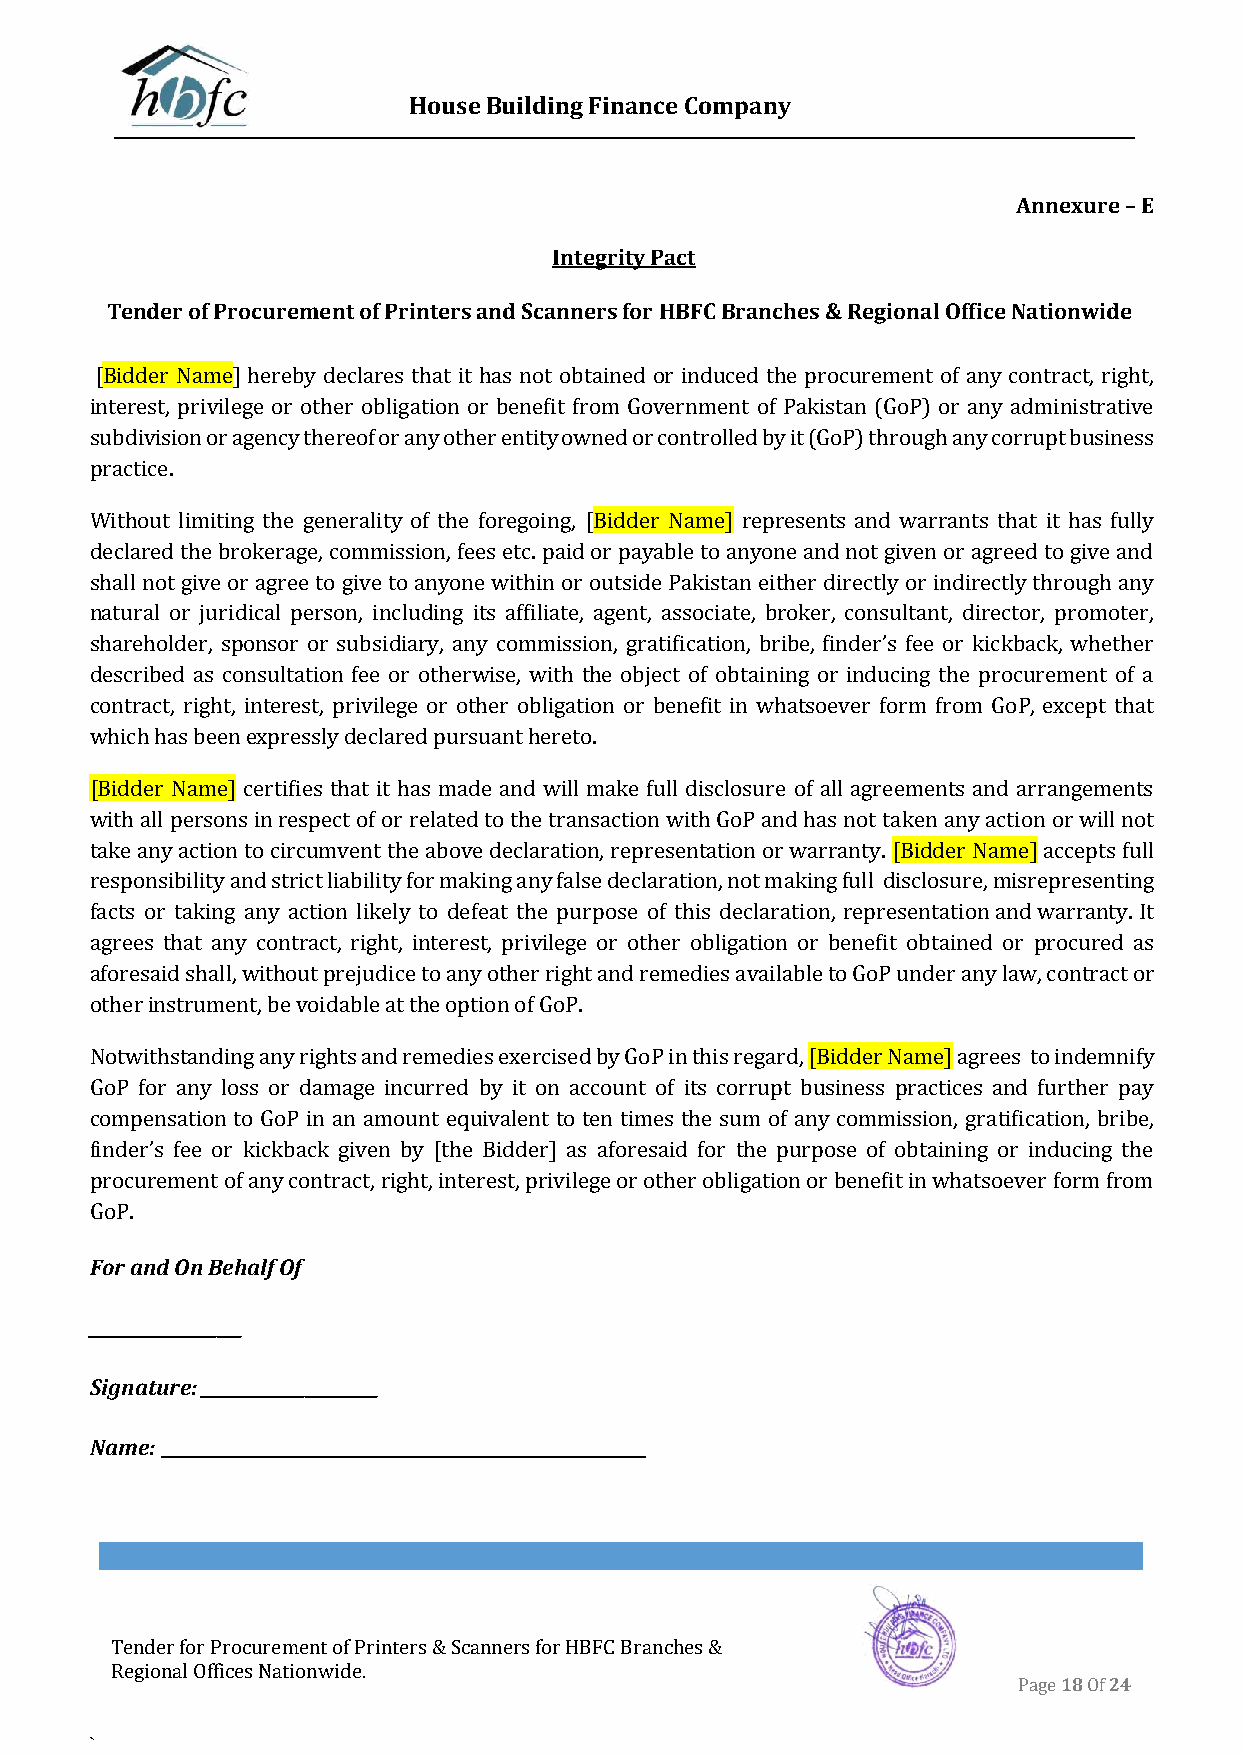
House Building Finance Company
 Annexure – E
 Integrity Pact
 Tender of Procurement of Printers and Scanners for HBFC Branches & Regional Office Nationwide
 [Bidder Name] hereby declares that it has not obtained or induced the procurement of any contract, right,
 interest, privilege or other obligation or benefit from Government of Pakistan (GoP) or any administrative
 subdivision or agency thereof or any other entity owned or controlled by it (GoP) through any corrupt business
 practice.
 Without limiting the generality of the foregoing, [Bidder Name] represents and warrants that it has fully
 declared the brokerage, commission, fees etc. paid or payable to anyone and not given or agreed to give and
 shall not give or agree to give to anyone within or outside Pakistan either directly or indirectly through any
 natural or juridical person, including its affiliate, agent, associate, broker, consultant, director, promoter,
 shareholder, sponsor or subsidiary, any commission, gratification, bribe, finder’s fee or kickback, whether
 described as consultation fee or otherwise, with the object of obtaining or inducing the procurement of a
 contract, right, interest, privilege or other obligation or benefit in whatsoever form from GoP, except that
 which has been expressly declared pursuant hereto.
 [Bidder Name] certifies that it has made and will make full disclosure of all agreements and arrangements
 with all persons in respect of or related to the transaction with GoP and has not taken any action or will not
 take any action to circumvent the above declaration, representation or warranty. [Bidder Name] accepts full
 responsibility and strict liability for making any false declaration, not making full disclosure, misrepresenting
 facts or taking any action likely to defeat the purpose of this declaration, representation and warranty. It
 agrees that any contract, right, interest, privilege or other obligation or benefit obtained or procured as
 aforesaid shall, without prejudice to any other right and remedies available to GoP under any law, contract or
 other instrument, be voidable at the option of GoP.
 Notwithstanding any rights and remedies exercised by GoP in this regard, [Bidder Name] agrees to indemnify
 GoP for any loss or damage incurred by it on account of its corrupt business practices and further pay
 compensation to GoP in an amount equivalent to ten times the sum of any commission, gratification, bribe,
 finder’s fee or kickback given by [the Bidder] as aforesaid for the purpose of obtaining or inducing the
 procurement of any contract, right, interest, privilege or other obligation or benefit in whatsoever form from
 GoP.
 For and On Behalf Of
 ___________________
 Signature: ______________________
 Name:
 Tender for Procurement of Printers & Scanners for HBFC Branches &
 Regional Offices Nationwide.
 Page 18 Of 24
 `